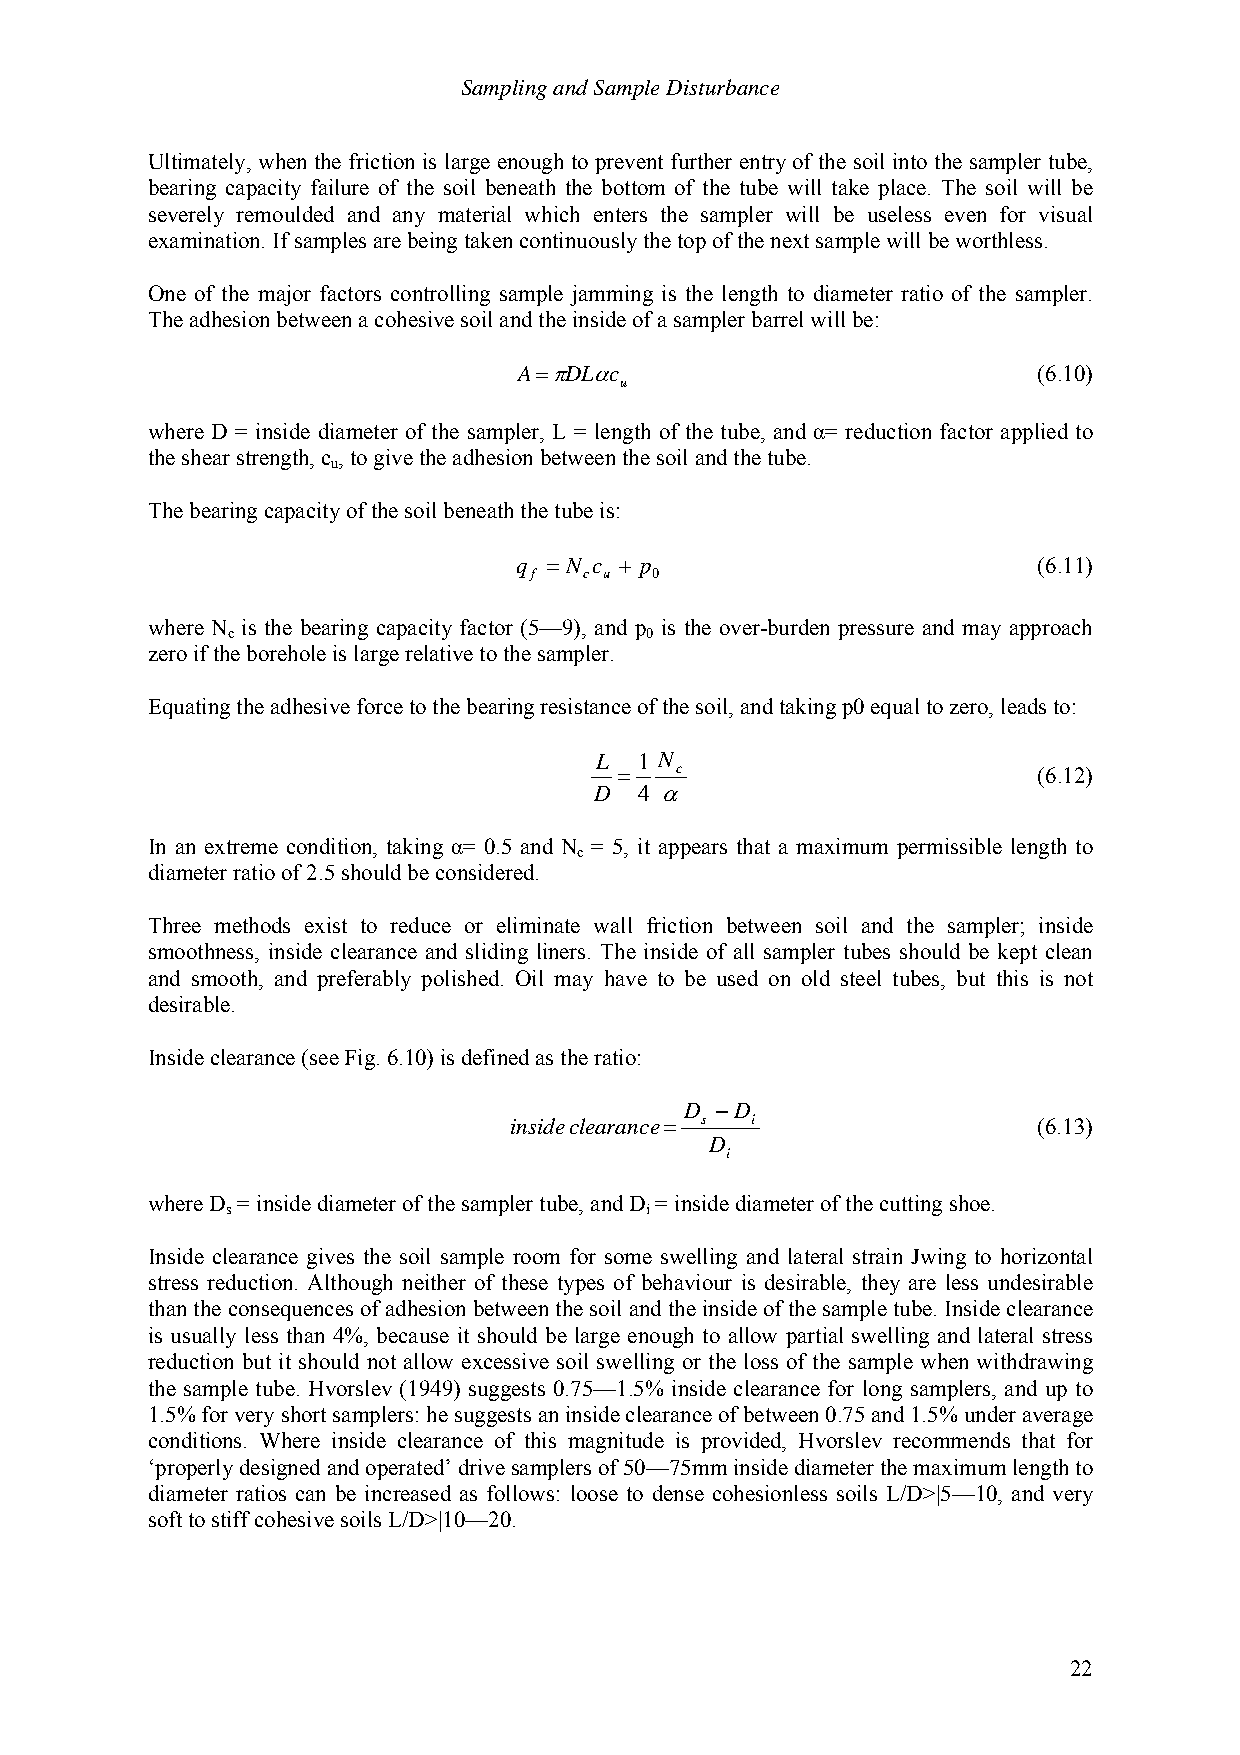
Sampling and Sample Disturbance
 Ultimately, when the friction is large enough to prevent further entry of the soil into the sampler tube,
 bearing capacity failure of the soil beneath the bottom of the tube will take place. The soil will be
 severely remoulded and any material which enters the sampler will be useless even for visual
 examination. If samples are being taken continuously the top of the next sample will be worthless.
 One of the major factors controlling sample jamming is the length to diameter ratio of the sampler.
 The adhesion between a cohesive soil and the inside of a sampler barrel will be:
 A=πDLαc                            (6.10)
 u
 where D = inside diameter of the sampler, L = length of the tube, and α= reduction factor applied to
 the shear strength, c , to give the adhesion between the soil and the tube.
 u
 The bearing capacity of the soil beneath the tube is:
 q =N c + p                         (6.11)
 f   c u 0
 where N is the bearing capacity factor (5—9), and p is the over-burden pressure and may approach
 c                           0
 zero if the borehole is large relative to the sampler.
 Equating the adhesive force to the bearing resistance of the soil, and taking p0 equal to zero, leads to:
 L  1 N
 =   c                       (6.12)
 D  4 α
 In an extreme condition, taking α= 0.5 and N = 5, it appears that a maximum permissible length to
 c
 diameter ratio of 2.5 should be considered.
 Three methods exist to reduce or eliminate wall friction between soil and the sampler; inside
 smoothness, inside clearance and sliding liners. The inside of all sampler tubes should be kept clean
 and smooth, and preferably polished. Oil may have to be used on old steel tubes, but this is not
 desirable.
 Inside clearance (see Fig. 6.10) is defined as the ratio:
 D −D
 inside clearance= s i              (6.13)
 D
 i
 where D = inside diameter of the sampler tube, and D = inside diameter of the cutting shoe.
 s                           i
 Inside clearance gives the soil sample room for some swelling and lateral strain Jwing to horizontal
 stress reduction. Although neither of these types of behaviour is desirable, they are less undesirable
 than the consequences of adhesion between the soil and the inside of the sample tube. Inside clearance
 is usually less than 4%, because it should be large enough to allow partial swelling and lateral stress
 reduction but it should not allow excessive soil swelling or the loss of the sample when withdrawing
 the sample tube. Hvorslev (1949) suggests 0.75—1.5% inside clearance for long samplers, and up to
 1.5% for very short samplers: he suggests an inside clearance of between 0.75 and 1.5% under average
 conditions. Where inside clearance of this magnitude is provided, Hvorslev recommends that for
 ‘properly designed and operated’ drive samplers of 50—75mm inside diameter the maximum length to
 diameter ratios can be increased as follows: loose to dense cohesionless soils L/D>|5—10, and very
 soft to stiff cohesive soils L/D>|10—20.
 22